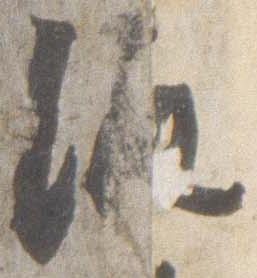
渡